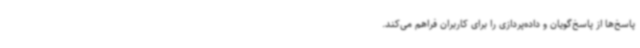
پاسخ‌ها از پاسخ‌گویان و داده‌پردازی را برای کاربران فراهم می‌کند.